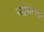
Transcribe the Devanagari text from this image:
पाशुपात्यस्त्र